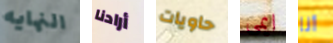
النهايه أرادنا حاويات ايمى أنا